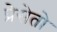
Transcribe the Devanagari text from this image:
प्रेसेतो